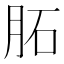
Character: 𦚈